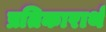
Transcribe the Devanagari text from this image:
प्रतिकारार्थ